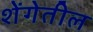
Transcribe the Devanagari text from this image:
शेंगेतील